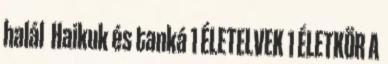
halál Haikuk és tanká 1 ÉLETELVEK 1 ÉLETKÖR A